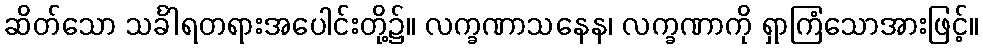
ဆိတ်သော သင်္ခါရတရားအပေါင်းတို့၌။ လက္ခဏာသနေန၊ လက္ခဏာကို ရှာကြံသောအားဖြင့်။